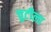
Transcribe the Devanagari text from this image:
चुटीला